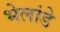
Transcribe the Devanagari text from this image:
भेलांडे